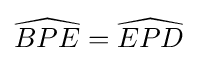
{\widehat {BPE}}={\widehat {EPD}}